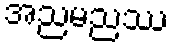
အညမညဿ